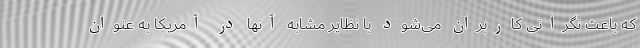
که باعث نگرانی کاربران می‌شود با نظایر مشابه آنها در آمریکا به عنوان